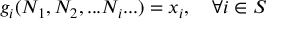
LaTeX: g _ { i } ( N _ { 1 } , N _ { 2 } , . . . N _ { i } . . . ) = x _ { i } , \quad \forall i \in S